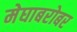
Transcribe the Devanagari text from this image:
मेघाबरोबर